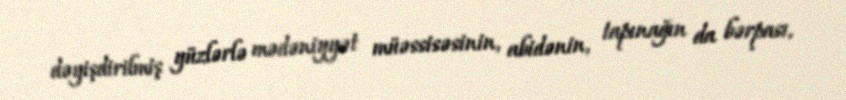
dəyişdirilmiş yüzlərlə mədəniyyət müəssisəsinin, abidənin, tapınağın da bərpası,